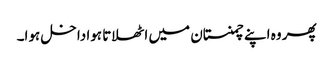
پھر وہ اپنے چمنستان میں اٹھلاتا ہوا داخل ہوا۔